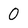
Character: 0